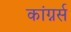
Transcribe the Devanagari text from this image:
कांग्नर्स